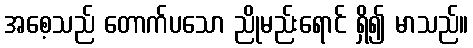
အစေ့သည် တောက်ပသော ညိုမည်းရောင် ရှိ၍ မာသည်။